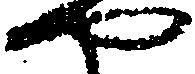
や